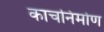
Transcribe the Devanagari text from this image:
काचनिर्माण